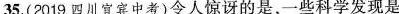
35.(2019四川宜宾中考)令人惊讶的是，一些科学发现是